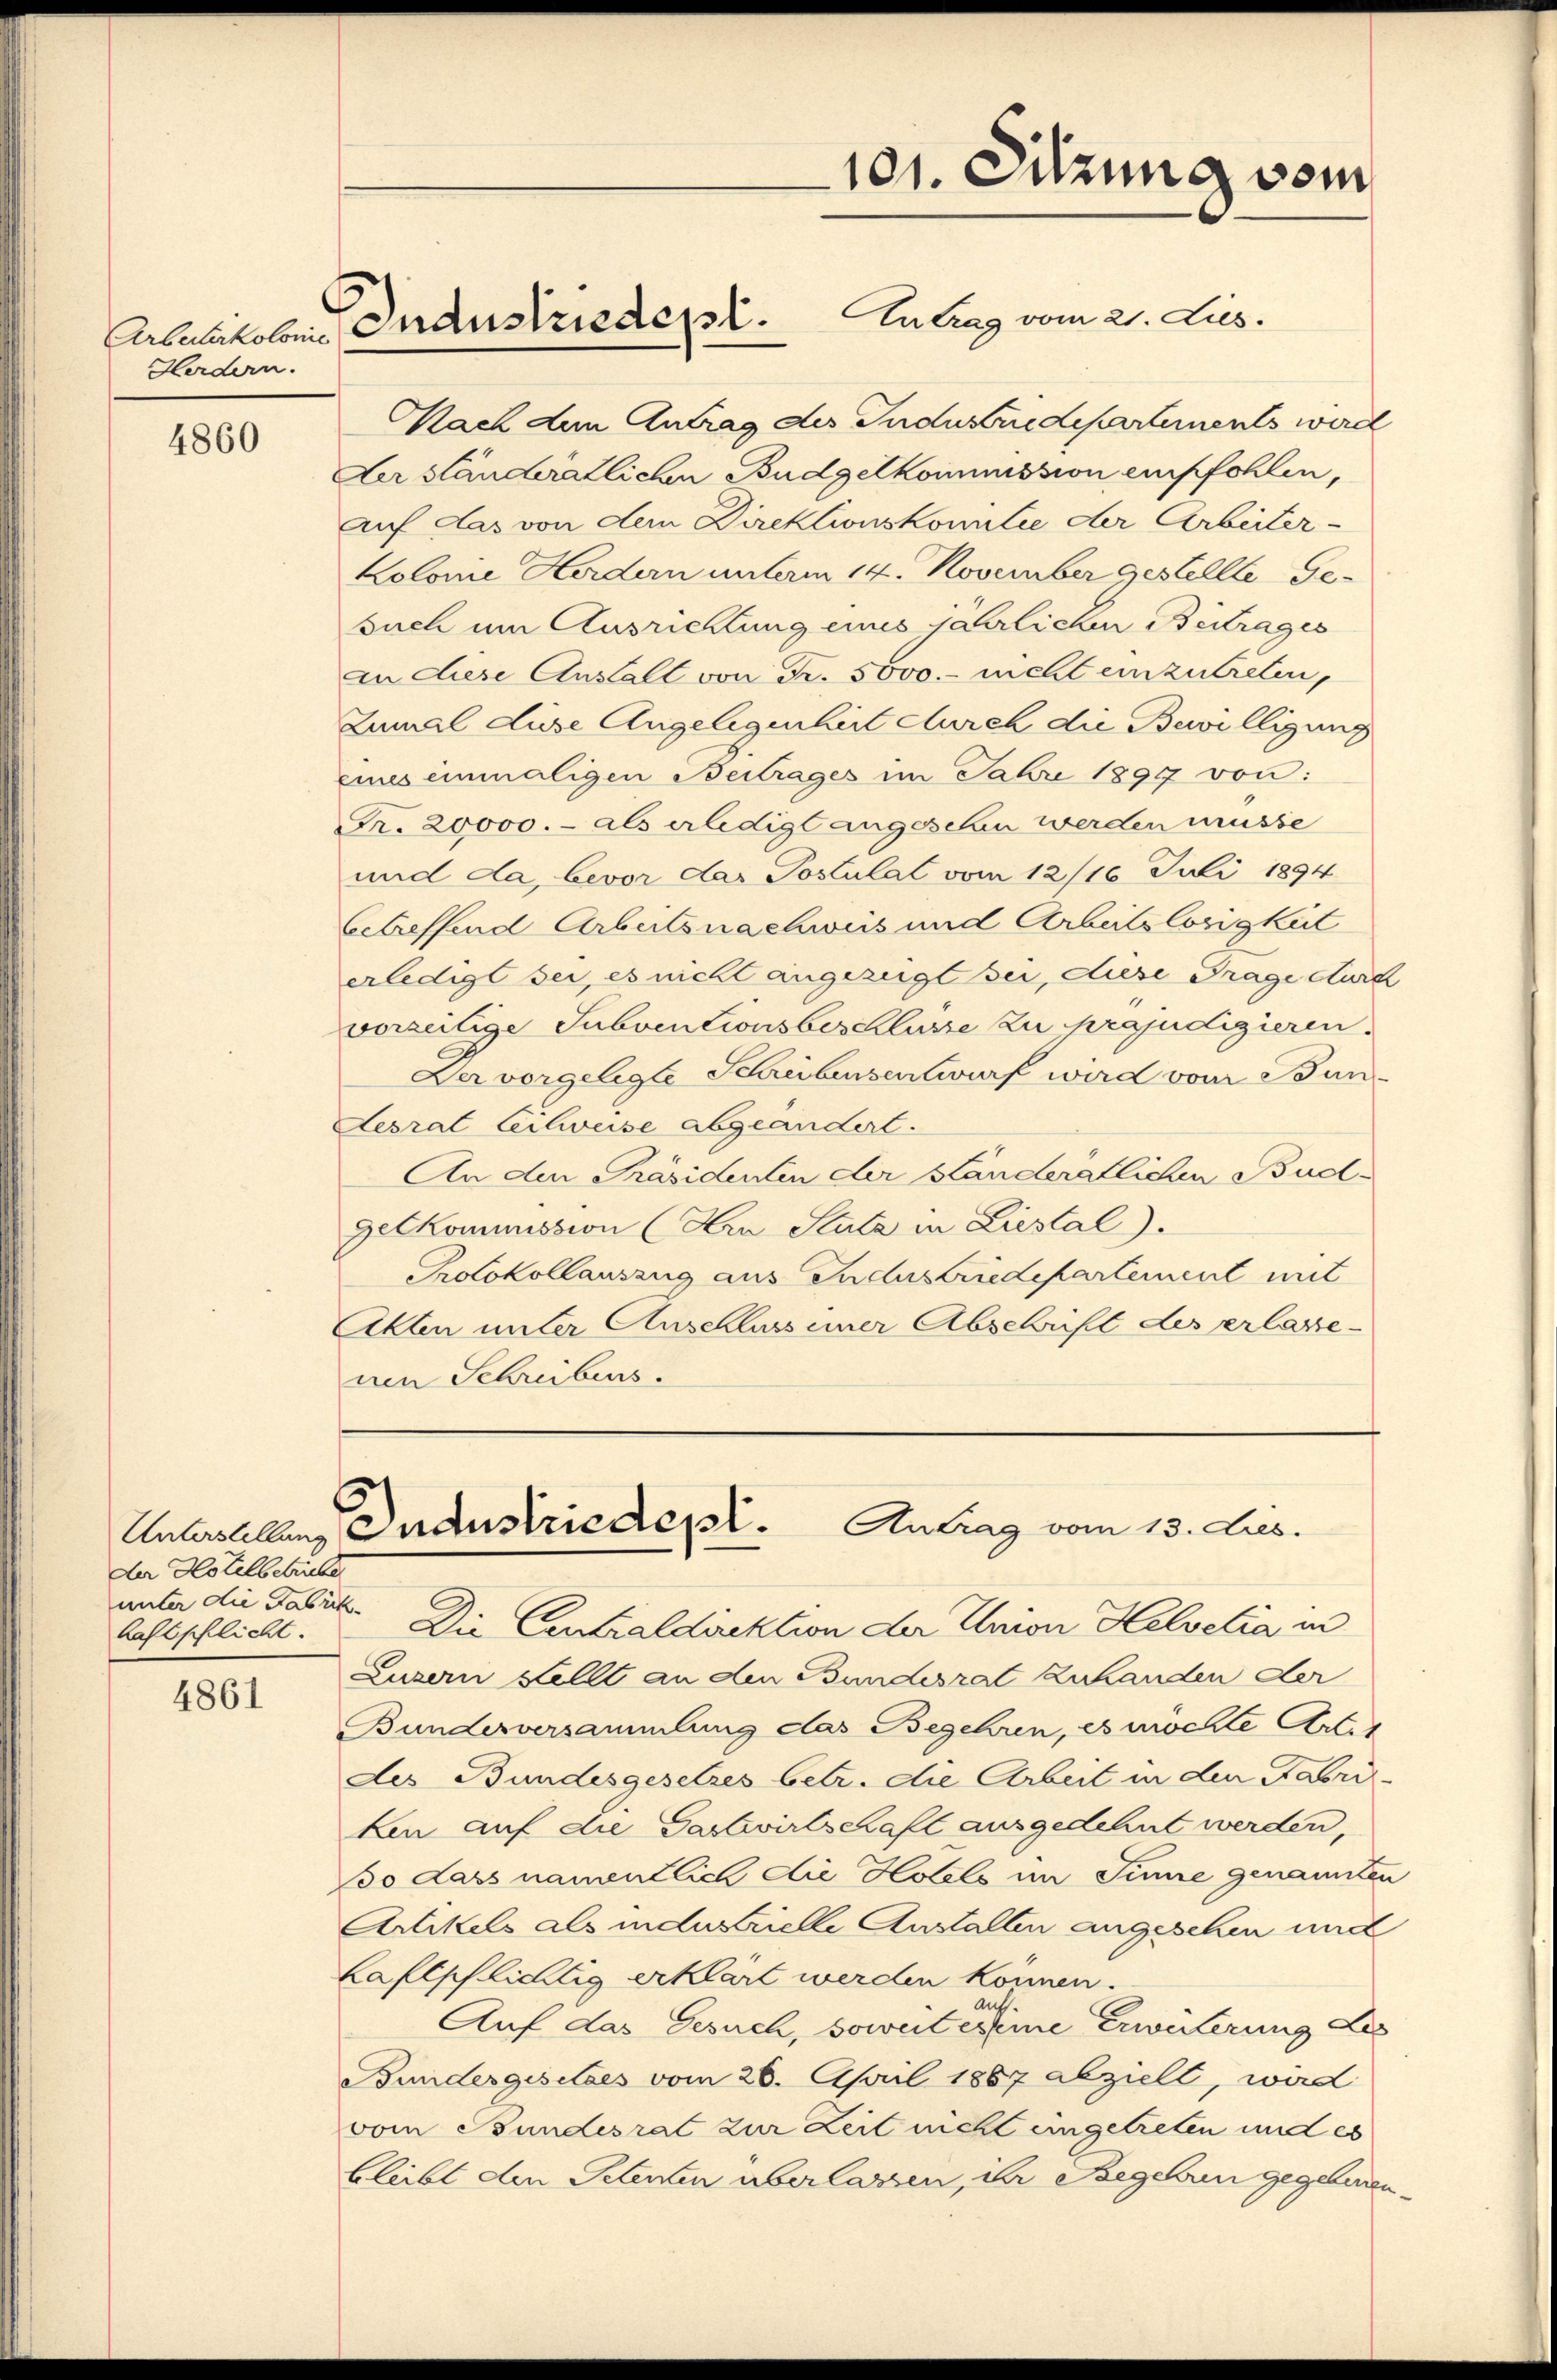
Hardern.

4860

Der Hotel betrübe
unter die Fabrik¬
Aaftpflicht.

4861

Artusholen Industriedept.

Nach dem Antrag des Industriedepartements werd
Aer ständerätlichen Budgetkommission empfohlen,
auf das von dem Direktionskomitee der Arbeiter-
Kolome Herdern unterm 14. November gestellte Ge-
such um Ausrichtung eines jährlichen Beitrages
in diese Anstalt von Fr. 5000.- nicht einzutreten,
Zumal diese Angelegenheit durch die Bewilligung
eines einmaligen Beitrages im Fahre 1897 von:
Fr. 20000.- als erledigt angesehen werden müsse
und da, bevor der Postulat vom 12/16. Juli 1894
betreffend Arbeitsnachweis und Arbeitslosigkeit
erledigt sei, es nicht angezeigt sei, diese Frage durch
vorzeitige Subventionsbeschlusse zu präjudizieren.
Der vorgelegte Schreibensentwurf wird von Bun¬
Aesrat Eilweise abgeändert.
An den Präsidenten der Standeratlichen Budgetkommission (Kra Stutz in Liestal).
Protokollauszug aus Industriedepartement mit
Akten unter Anschluss einer Abschrift des erlassenen Schreibens.

101. Sitzung vom

Antrag vom 21. dus.

Antrag vom 13. dies.
Unterstellung Industriedept.

Die Eintraldirektion der Union Helvetia in
Luzern stellt an den Bundesrat zu handen der
Bundesversammlung das Begehren, es möchte Art. 1
des Bundesgesetzes betr. die Arbeit in den Fabri-
ken auf die Gastwirtschaft ausgedehnt werden,
so dass namentlich die Hotels im Sinne genannten
Artikels als industrielle Anstalten angesehen und
Laftpflichtig erklärt werden können.
Auf das Gesuch, soweit eine Erwüterung des
Bundesgesetzes vom 26. April 1887 abzielt, wird
vom Bundesrat zur Zeit nicht eingetreten und es
bleibt den Petenten überlassen, der Begehren gegebenen¬